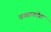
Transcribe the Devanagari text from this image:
वखानदेश